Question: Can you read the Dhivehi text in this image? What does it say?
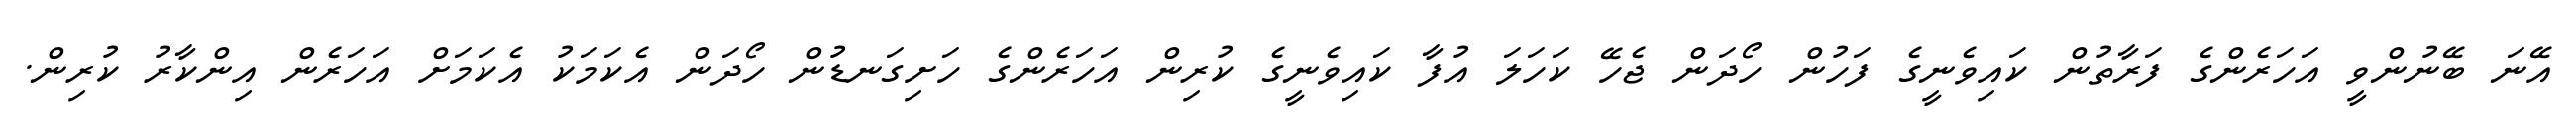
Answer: އޭނަ ބޭނުންވީ އަހަރެންގެ ފަރާތުން ކައިވެނީގެ ފަހުން ހޯދަން ޖެހޭ ކަހަލަ އުފާ ކައިވެނީގެ ކުރިން އަހަރެންގެ ހަށިގަނޑުން ހޯދަން އެކަމަކު އެކަމަށް އަހަރެން އިންކާރު ކުރިން.